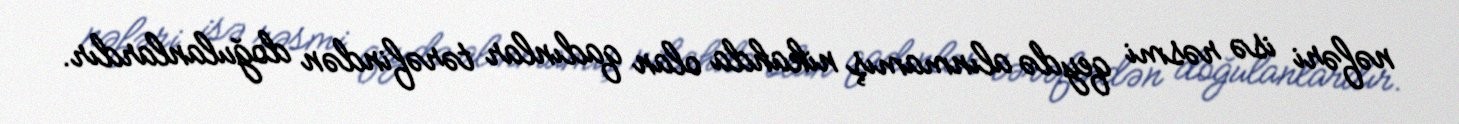
nəfəri isə rəsmi qeydə alınmamış nikahda olan qadınlar tərəfindən doğulanlardır.